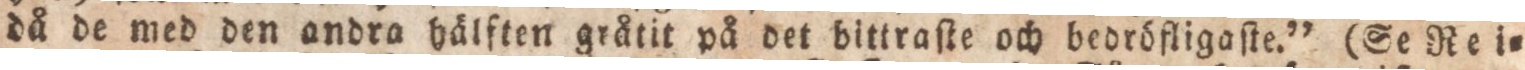
då de med den andra hålften gråtit på det bittraſte och bedröfligaſte.” (Ge Rei=